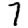
Digit: 7